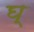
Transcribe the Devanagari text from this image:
घ्‌